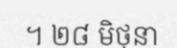
។ ២៨ មិថុនា